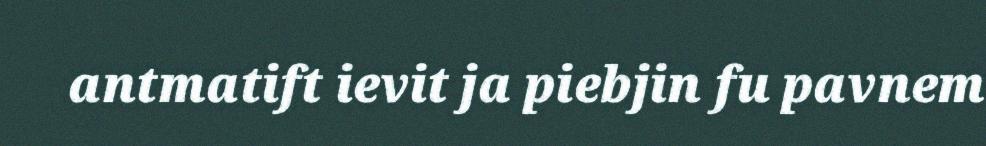
antmatift ievit ja piebjin fu pavnem